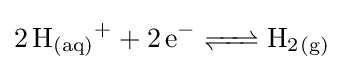
{\textstyle {\ce {2H_{(aq)}+ + 2e- <=> H2_{(g)}}}}